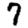
Digit: 7